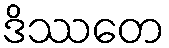
ဒိဿတေ